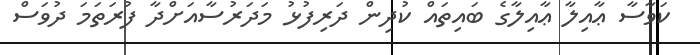
ކަވާސާ ޢާއިލާ ޢާއިލާގެ ބައިތައް ކުދިން ދަރިފުޅު މަދަރުސާއަށްދާ ފުރަތަމަ ދުވަސް